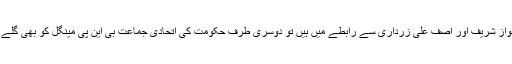
مولانا ایک طرف نواز شریف اور آصف علی زرداری سے رابطے میں ہیں تو دوسری طرف حکومت کی اتحادی جماعت بی این پی مینگل کو بھی گلے سے لگا رکھا ہے۔